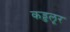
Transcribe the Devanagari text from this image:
कड्डलूर